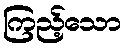
ကြည့်သော